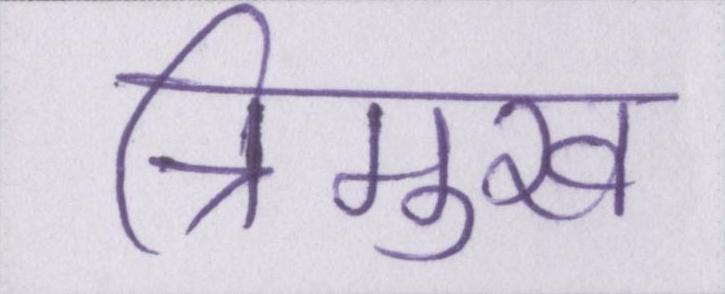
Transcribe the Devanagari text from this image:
त्रिमुख